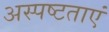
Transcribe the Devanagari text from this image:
अस्पष्टताएं